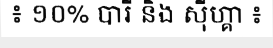
៖ ១០% បារី និង ស៊ីហ្គា ៖